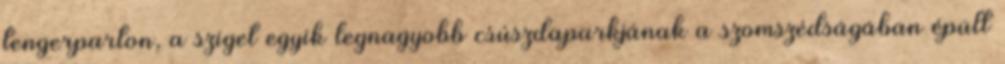
tengerparton, a sziget egyik legnagyobb csúszdaparkjának a szomszédságában épült